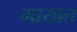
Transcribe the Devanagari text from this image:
गायात